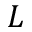
L